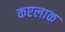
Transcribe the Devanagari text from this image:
कएलाक